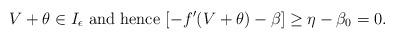
LaTeX: \begin{align*}V+\theta\in I_\epsilon \mbox{ and hence } [-f'(V+\theta)-\beta]\geq \eta-\beta_0=0.\end{align*}